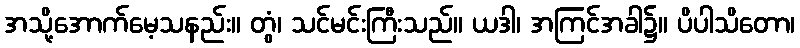
အသို့အောက်မေ့သနည်း။ တွံ၊ သင်မင်းကြီးသည်။ ယဒါ၊ အကြင်အခါ၌။ ပိပါသိတော၊